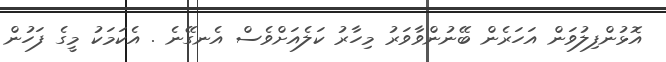
އޮޅުންފިލުވަން އަހަރެން ބޭނުންވާވަރު މިހާރު ކަލެއަށްވެސް އެނގޭނެ . އެކަމަކު މީގެ ފަހުން